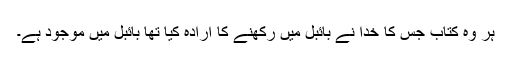
ہر وہ کتاب جس کا خُدا نے بائبل میں رکھنے کا ارادہ کیا تھا بائبل میں موجود ہے۔